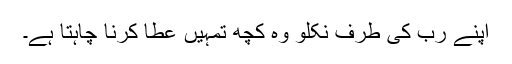
اپنے رب کی طرف نکلو وہ کچھ تمہیں عطا کرنا چاہتا ہے۔